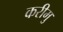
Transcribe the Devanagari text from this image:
करीमु